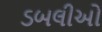
ડબલીઓ